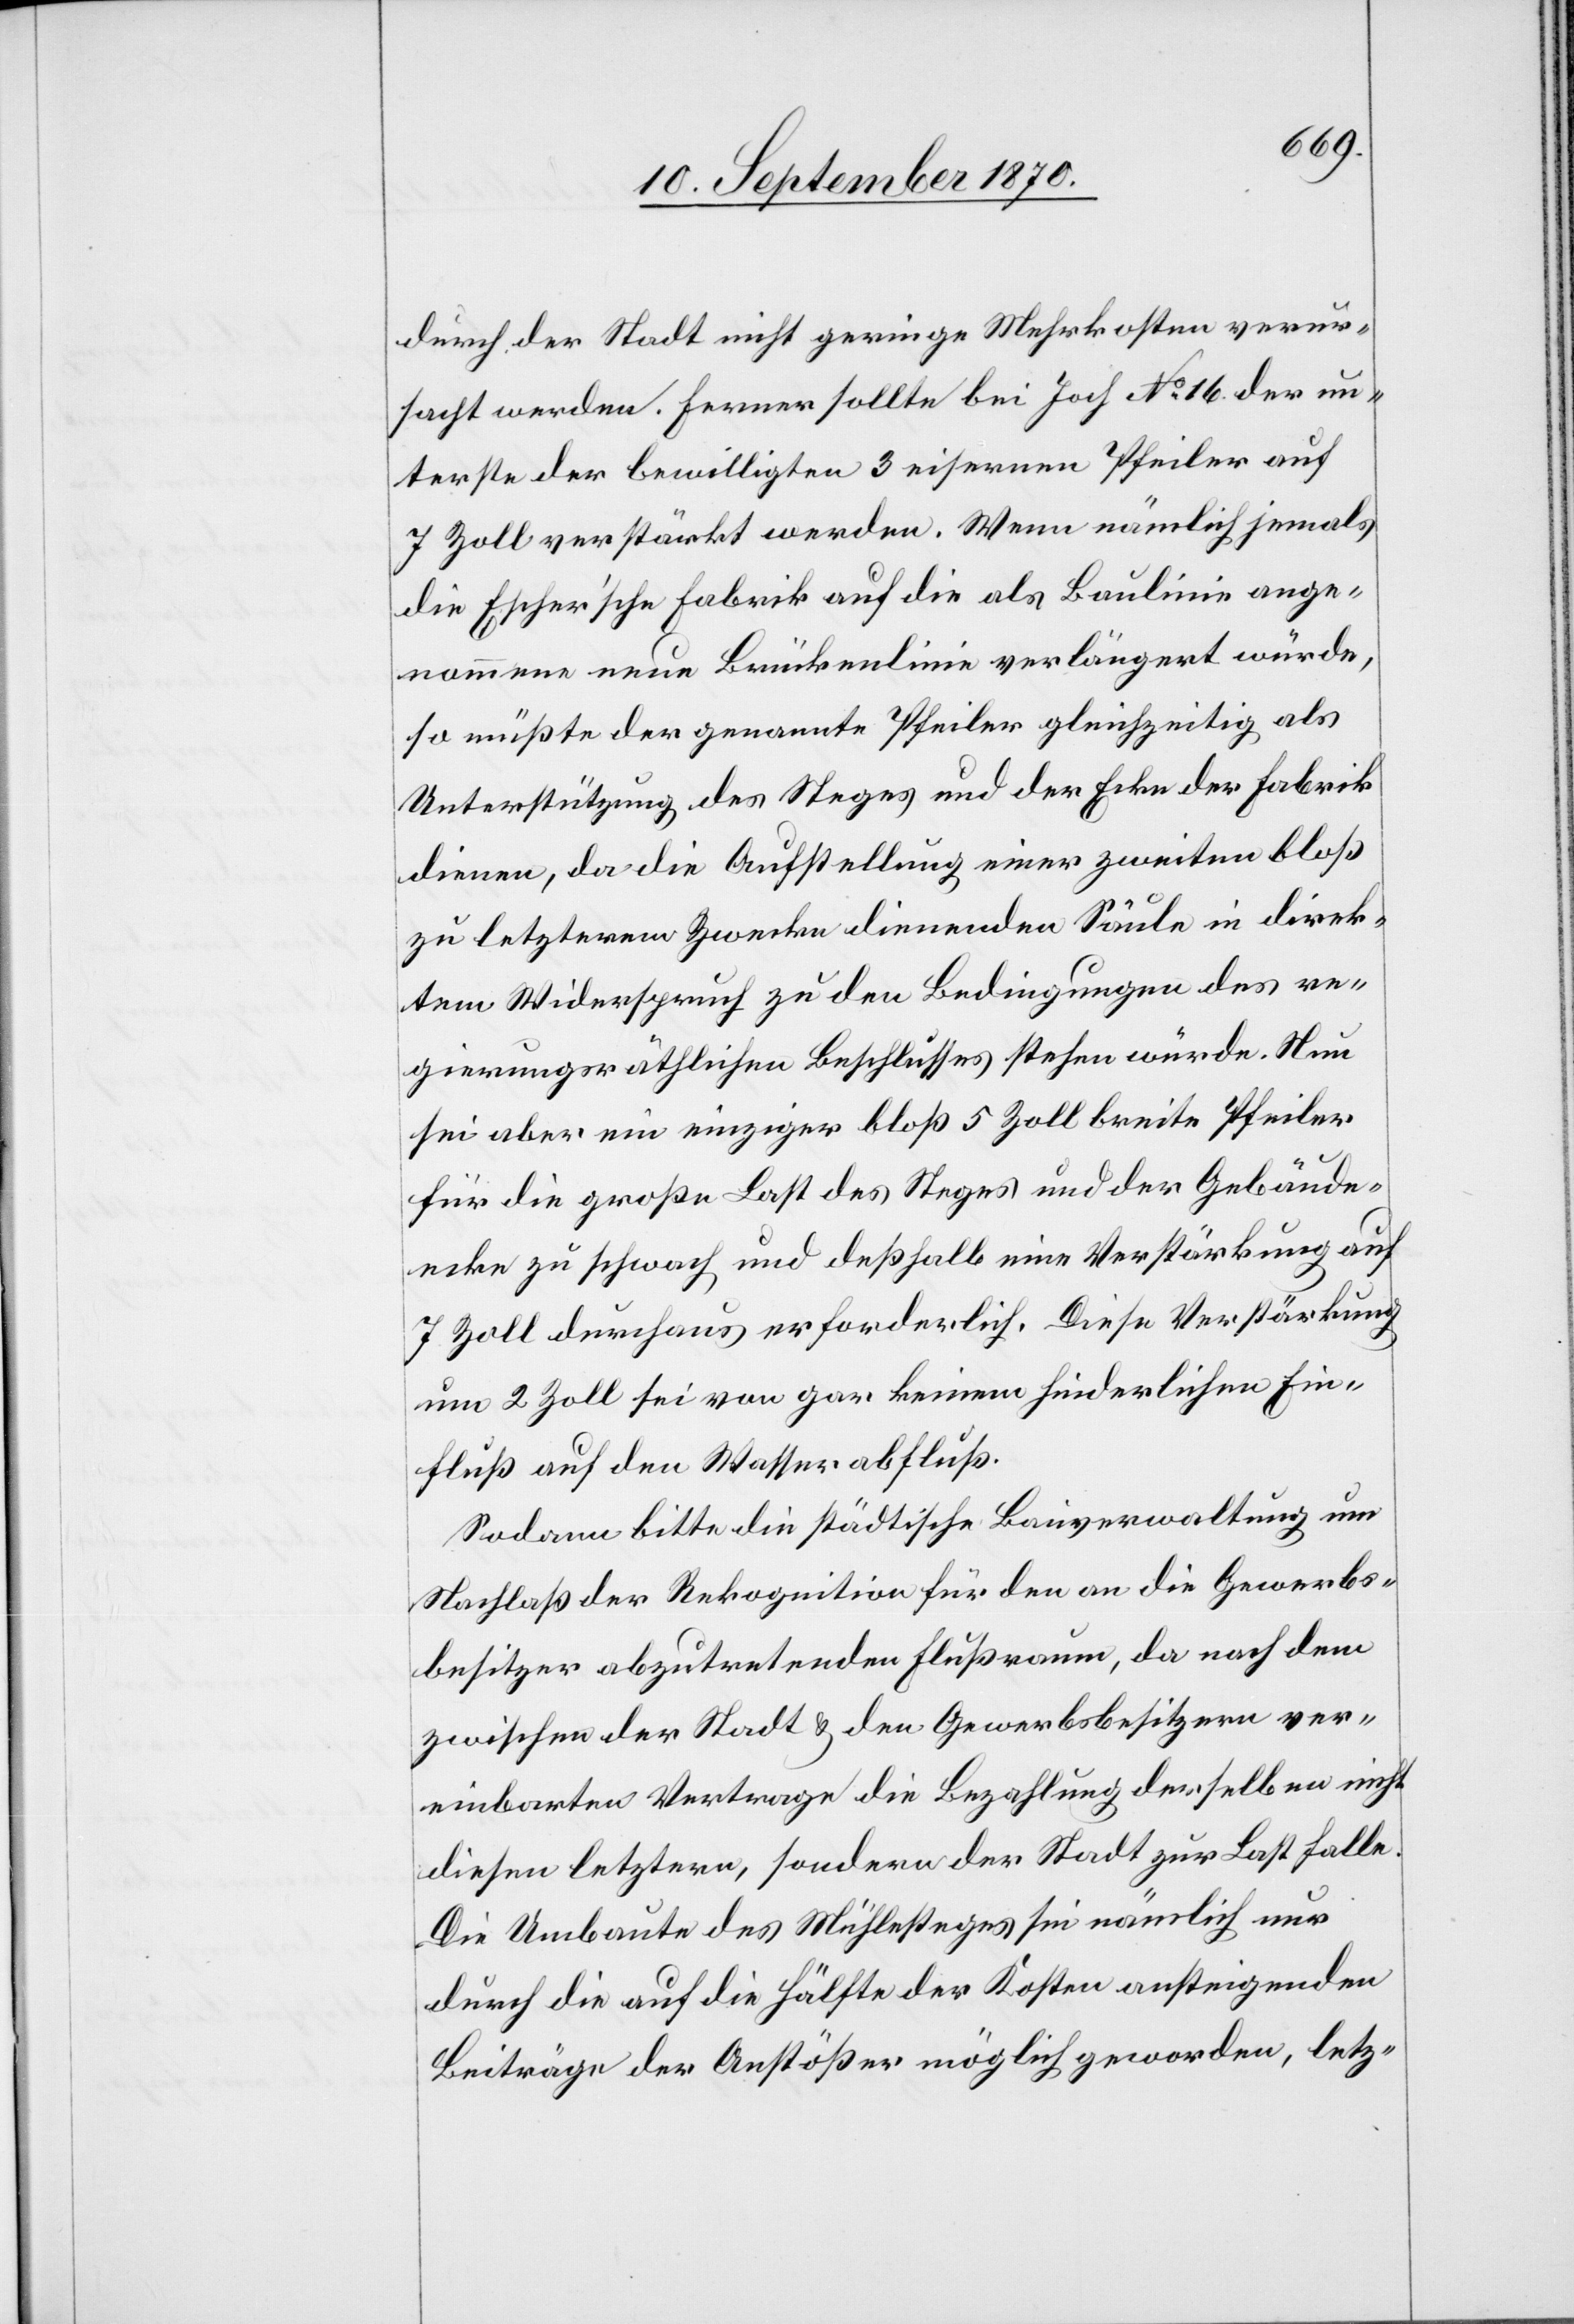
durch der Stadt nicht geringe Mehrkosten verur¬
sacht werden. Ferner sollte bei Joch No 16 der un¬
terste der bewilligten 3 eisernen Pfeiler auf
7 Zoll verstärkt werden. Wenn nämlich jemals
die Escher’sche Fabrik auf die als Baulinie ange¬
nommene neue Brückenlinie verlängert würde,
so müßte der genannte Pfeiler gleichzeitig als
Unterstützung des Steges und der Ecke der Fabrik
dienen, da die Aufstellung einer zweiten bloß
zu letzterem Zwecke dienenden Säule in direk¬
tem Widerspruch zu den Bedingungen des re¬
gierungsräthlichen Beschlusses stehen würde. Nun
sei aber ein einziger bloß 5 Zoll breite[r] Pfeiler
für die große Last des Steges und der Gebäude¬
ecke zu schwach und deßhalb eine Verstärkung auf
7 Zoll durchaus erforderlich. Diese Verstärkung
um 2 Zoll sei von gar keinem hinderlichen Ein¬
fluß auf den Wasserabfluß.
Sodann bitte die städtische Bauverwaltung um
Nachlaß der Rekognition für den an die Gewerbs¬
besitzer abzutretenden Flußraum, da nach dem
zwischen der Stadt & den Gewerbsbesitzern ver¬
einbarten Vertrage die Bezahlung derselben nicht
diesen letztern, sondern der Stadt zur Last falle.
Die Umbaute des Mühlesteges sei nämlich nur
durch die auf die Hälfte der Kosten ansteigenden
Beiträge der Anstößer möglich geworden, letz-